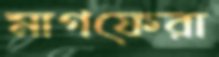
মাগফেরা